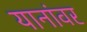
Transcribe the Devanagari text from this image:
यानांवर